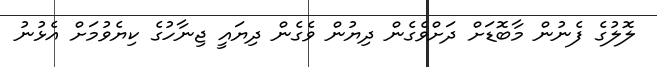
ލޮލުގެ ފެނުން މާބޮޑަށް ދަށްވެގެން ދިޔުން ވެގެން ދިޔައީ ޖިނާހުގެ ކިޔެވުމަށް އެޅުނު